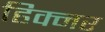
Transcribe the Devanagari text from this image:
हिक्नर